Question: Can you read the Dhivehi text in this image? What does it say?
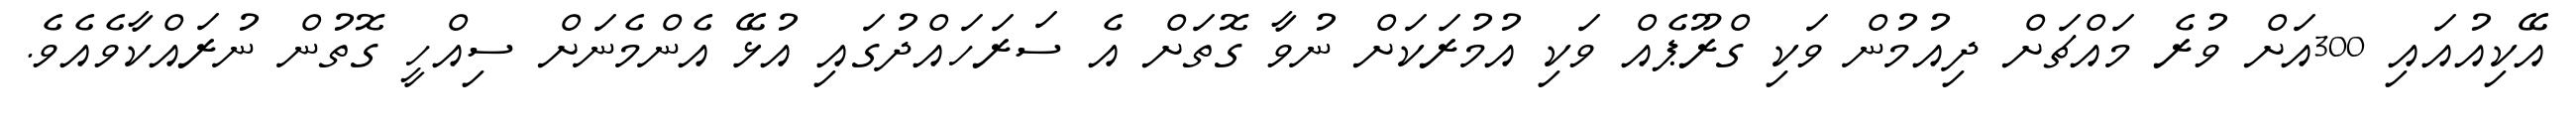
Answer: އޭކިއުއައި 300އަށް ވުރެ މައްޗަށް ދިއުމުން ވަކި ގްރޫޕެއް ވަކި އުމުރަކަށް ނުވާ ގޮތަށް އެ ސަރަހައްދުގައި އުޅޭ އެންމެނަށް ސިއްހީ ގޮތުން ނުރައްކާވެއެވެ.